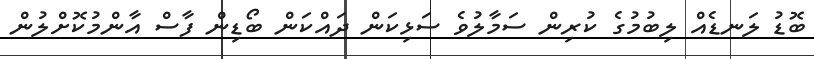
ބޮޑު ލަނޑެއް ލިބުމުގެ ކުރިން ސަމާލުވެ ސަޅިކަން ދައްކަން ބޯޑިން ފާސް އާންމުކޮށްލުން